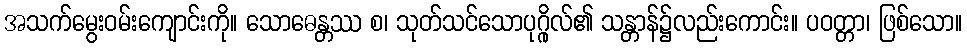
အသက်မွေးဝမ်းကျောင်းကို။ သောဓေန္တဿ စ၊ သုတ်သင်သောပုဂ္ဂိုလ်၏ သန္တာန်၌လည်းကောင်း။ ပဝတ္တာ၊ ဖြစ်သော။